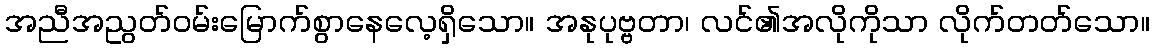
အညီအညွတ်ဝမ်းမြောက်စွာနေလေ့ရှိသော။ အနုပုဗ္ဗတာ၊ လင်၏အလိုကိုသာ လိုက်တတ်သော။